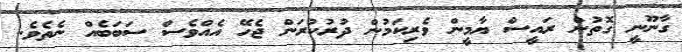
ގާނޫނީ ގޮތުން ރައީސް ޔާމީން ވެރިކަމުން ދުރުކުރަން ޖެހޭ އެއްވެސް ސަބަބެެއް ނެތެވެ.